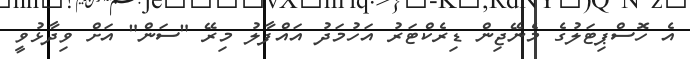
އެ ހޮސްޕިޓަލުގެ މެނޭޖިން ޑިރެކްޓަރު އަހުމަދު އައްފާލު މިރޭ "ސަން" އަށް ވިދާޅުވީ